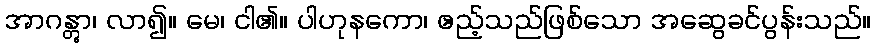
အာဂန္တွာ၊ လာ၍။ မေ၊ ငါ၏။ ပါဟုနကော၊ ဧည့်သည်ဖြစ်သော အဆွေခင်ပွန်းသည်။